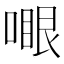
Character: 𠽗